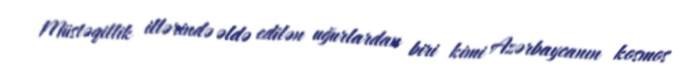
Müstəqillik illərində əldə edilən uğurlardan biri kimi Azərbaycanın kosmos